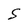
Character: S